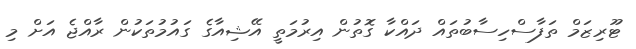
ޓޫރިޒަމް ތަފާސްހިސާބުތައް ދައްކާ ގޮތުން އިރުމަތީ އޭޝިއާގެ ގައުމުތަކުން ރާއްޖެ އަށް މި